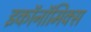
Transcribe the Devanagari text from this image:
इकॉनॉमिक्‍स